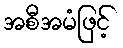
အစီအမံဖြင့်